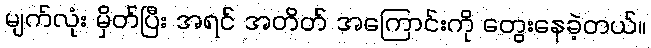
မျက်လုံး မှိတ်ပြီး အရင် အတိတ် အကြောင်းကို တွေးနေခဲ့တယ်။